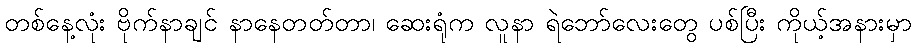
တစ်နေ့လုံး ဗိုက်နာချင် နာနေတတ်တာ၊ ဆေးရုံက လူနာ ရဲဘော်လေးတွေ ပစ်ပြီး ကိုယ့်အနားမှာ